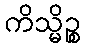
ကိသ္မိဉ္စ